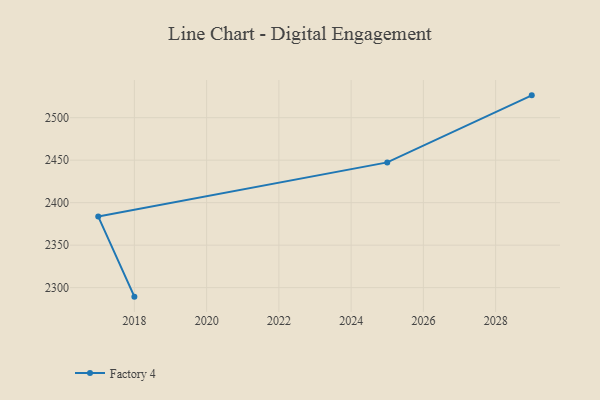
{"axis": {"x": "Year", "y": "Active Users"}, "legend": ["Factory 4"], "data": [{"x": "2018", "y": 2289.4, "type": "Factory 4"}, {"x": "2017", "y": 2383.6, "type": "Factory 4"}, {"x": "2025", "y": 2447.4, "type": "Factory 4"}, {"x": "2029", "y": 2526.3, "type": "Factory 4"}]}